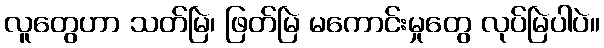
လူတွေဟာ သတ်မြဲ၊ ဖြတ်မြဲ မကောင်းမှုတွေ လုပ်မြဲပါပဲ။